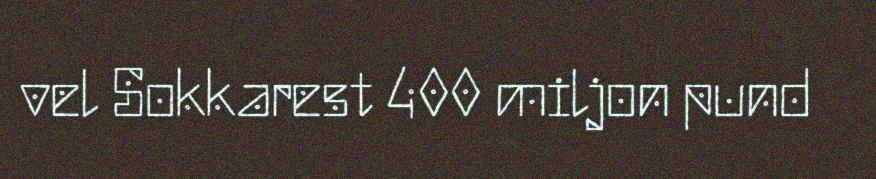
vel Sokkarest 400 miljon pund